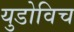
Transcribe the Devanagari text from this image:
युडोविच